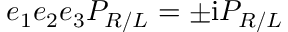
e _ { 1 } e _ { 2 } e _ { 3 } P _ { R / L } = \pm \mathrm { i } P _ { R / L }